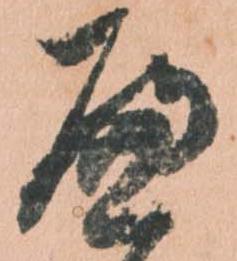
へ